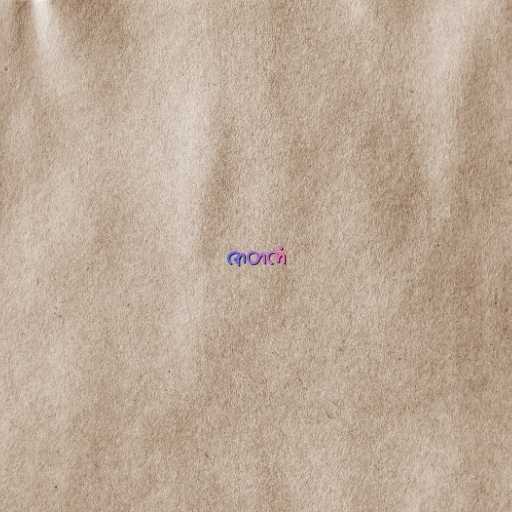
ဇာတကံ